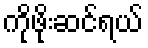
ကိုဖိုးဆင်ရယ်